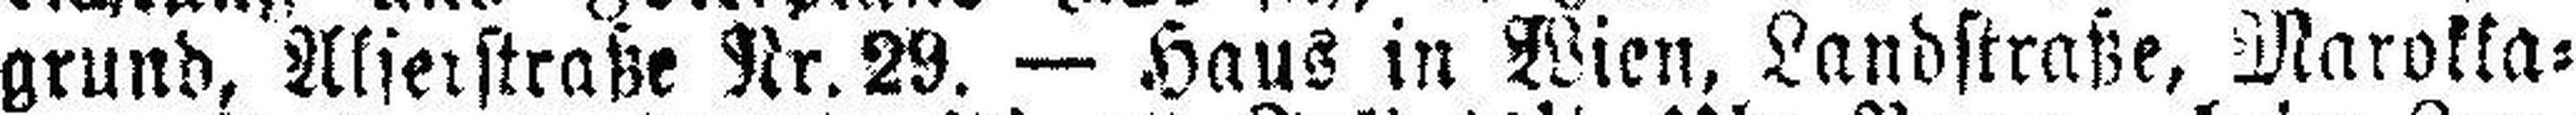
grund, Alserstraße Nr. 29. — Haus in Wien, Landstraße, Marokka¬